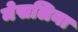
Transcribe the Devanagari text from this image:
मेसलिना